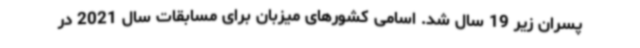
پسران زیر 19 سال شد. اسامی کشورهای میزبان برای مسابقات سال 2021 در